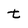
Character: t